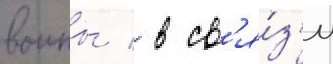
воины / в св'я́з'и